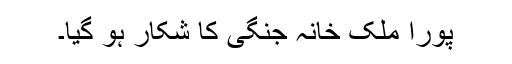
پورا ملک خانہ جنگی کا شکار ہو گیا۔